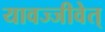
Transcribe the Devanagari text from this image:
यावज्जीवेत्‌